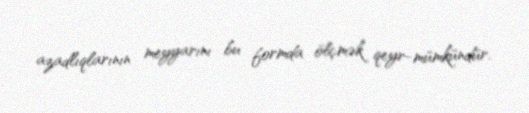
azadlıqlarının meyyarını bu formda ölçmək qeyr-mümkündür.